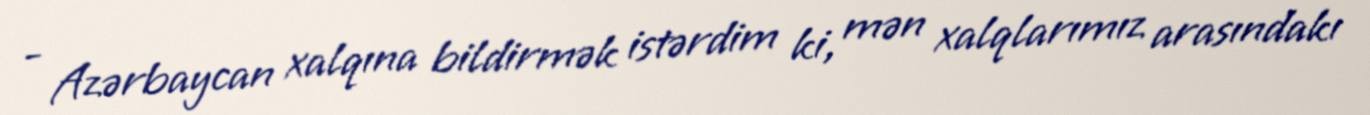
- Azərbaycan xalqına bildirmək istərdim ki, mən xalqlarımız arasındakı